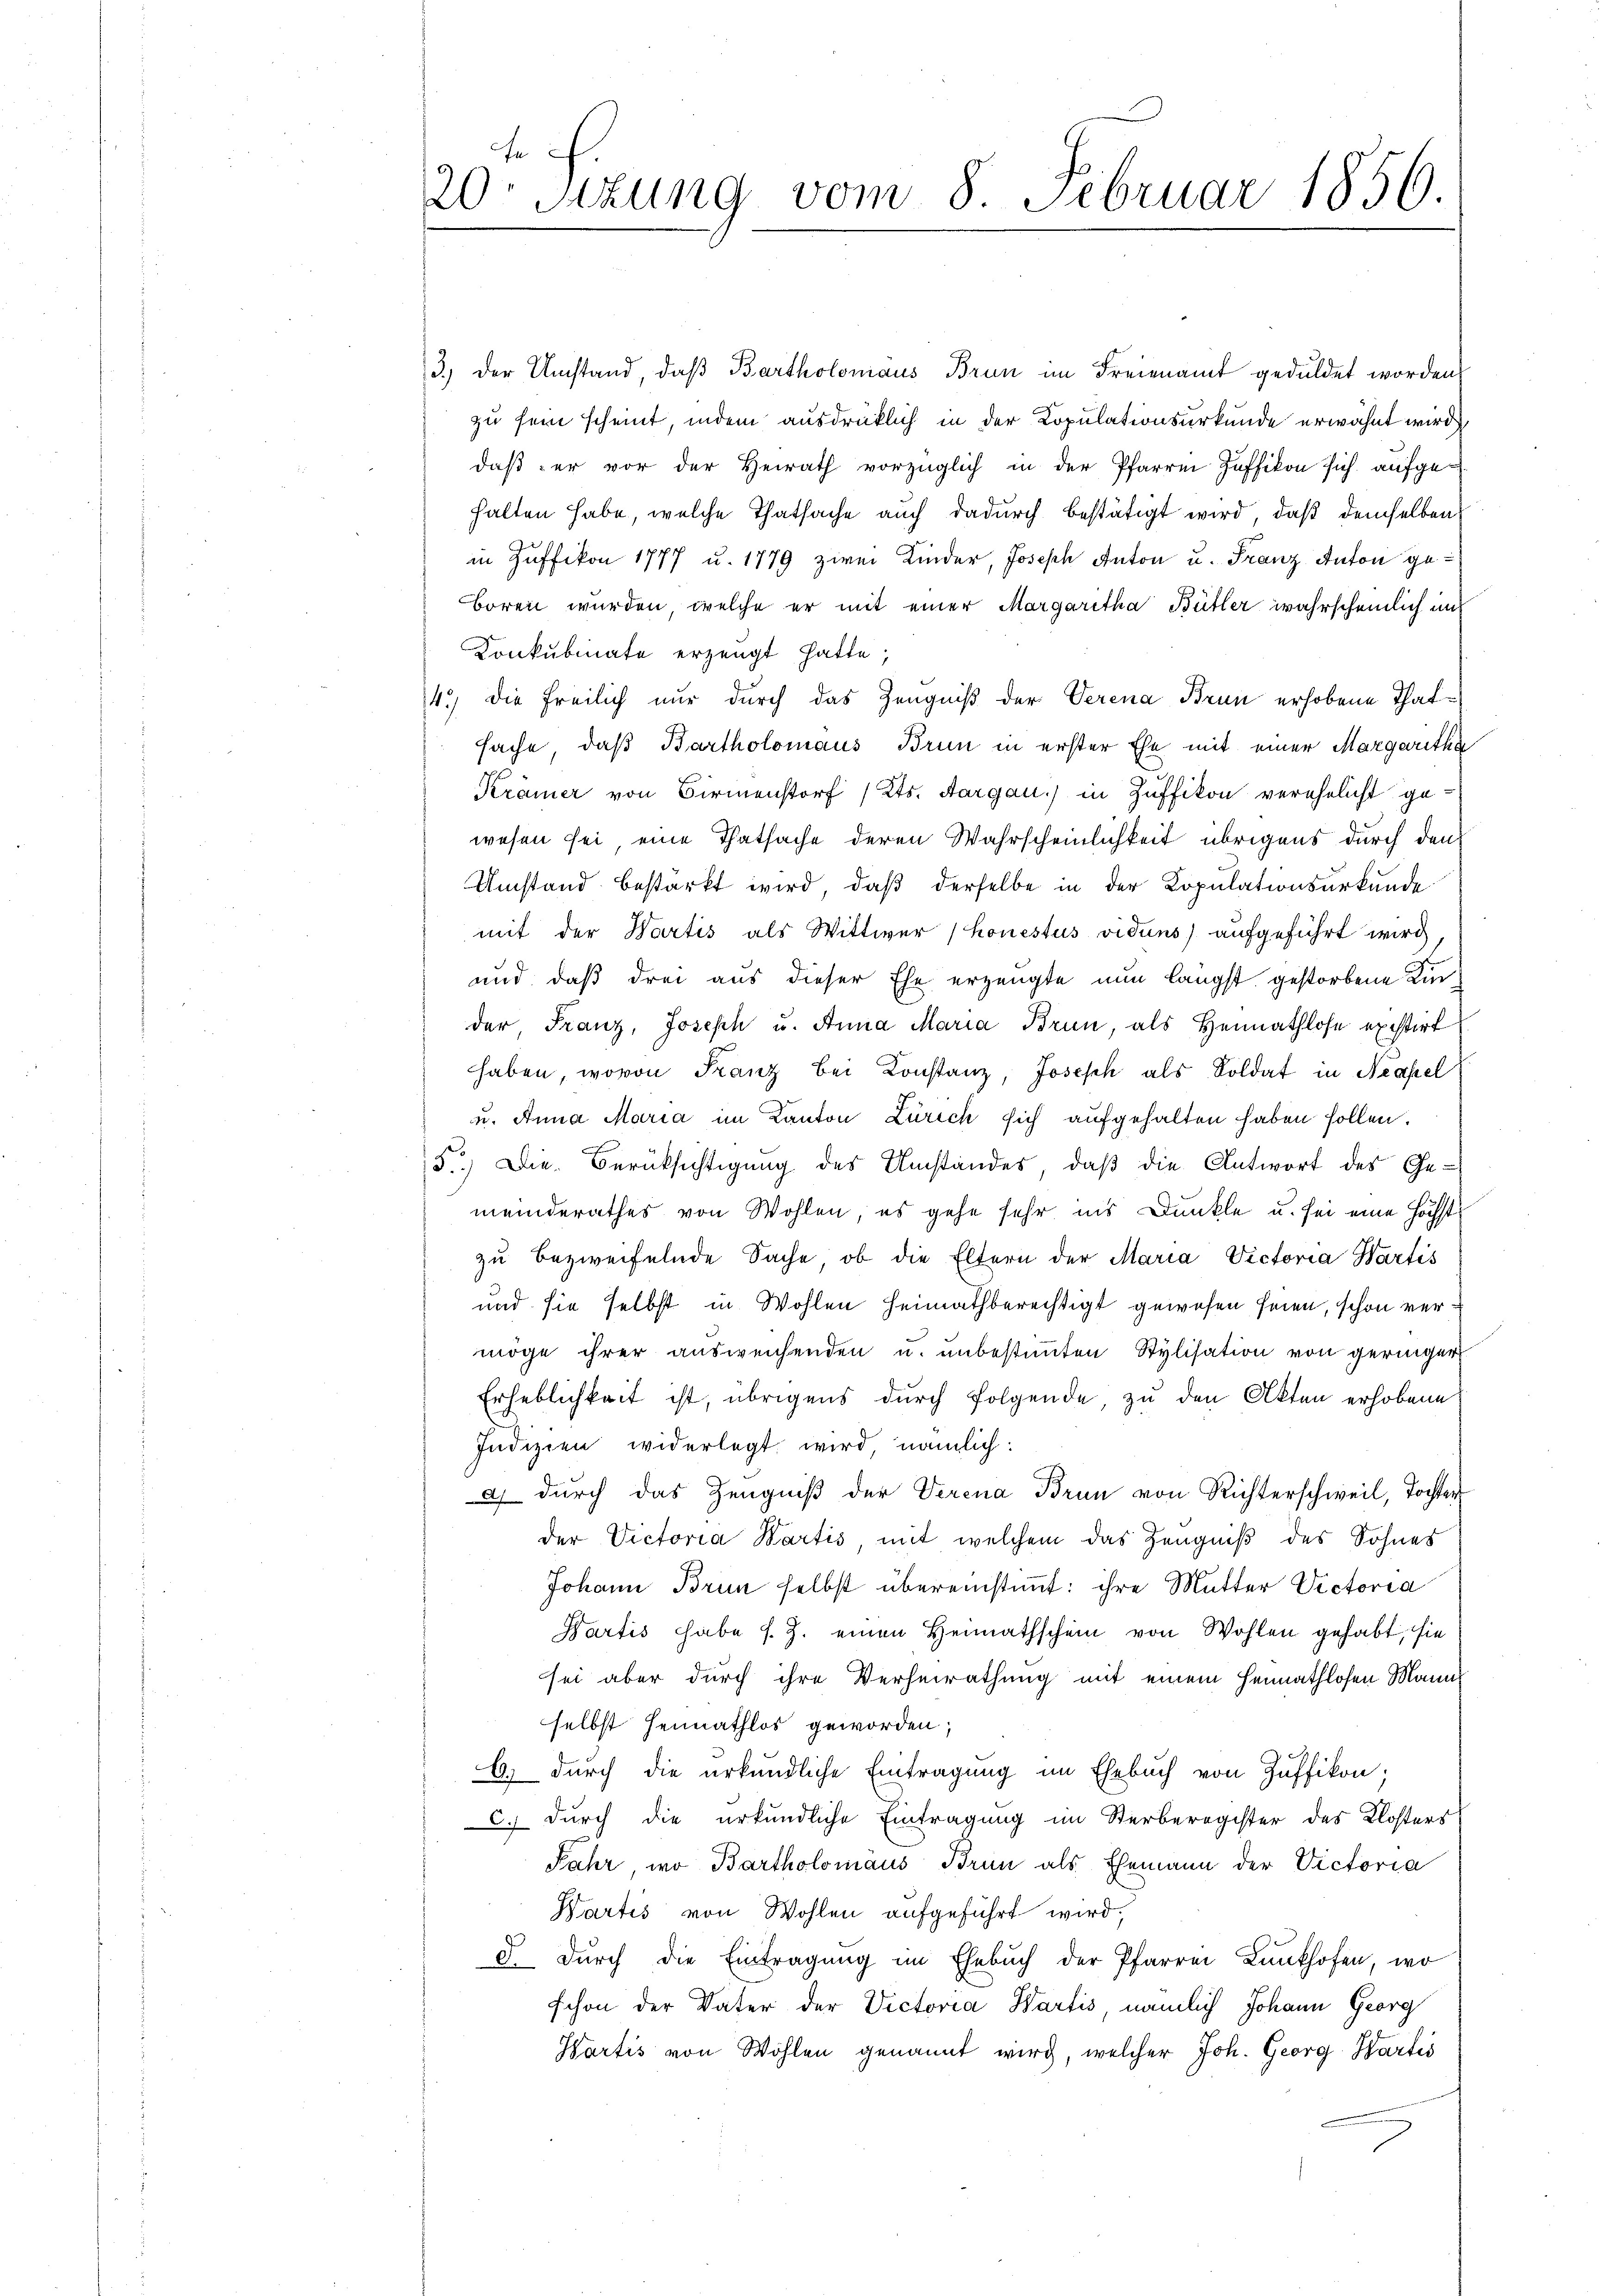
n
20 Stzung vom 8. Februar 1856.

3.) Der Umstand, daß Bartholomäus Brun im Freienamt geduldet worden,
zu sein scheint, indem ausdrücklich in der Kopulationsurkunde erwähnt wird,
daß er vor der Heirath vorzüglich in der Pfarren Zuffikon sich aufgehalten habe, welche Thatsache auch dadurch bestätigt wird, daß demselben
in Zuffikon 1777 u. 1779 zwei Kinder, Joseph Anton u. Franz Anton ge¬
Boren wurden, welche er mit einer Margaretha Bütler wahrscheinlich un
Konkubinate erzeugt hatte;
4.) Die Freilich nur durch das Zeugniß der Verena Brun erhobene Thatsache, daß Bartholomaus Brun in erster Ehe mit einer Margaretha
Krämer von Birmenstorf (Kts. Aargau) in Züffikon verehelicht gewesen sei eine Thatsache deren Wahrscheinlichkeit übrigens durch den
Umstand bestärkt wird, daß derselbe in der Kopulationsurkunde
mit der Wartis als Wittwer (Konestus viduns) aufgeführt wird,
und daß drei aus dieser Ehe erzeugte nun längst gestorbene Kinder, Franz, Joseph u. Anna Maria Brun, als Heimathlose existirt
haben, wovon Franz bei Konstanz, Joseph als Soldat in Neapel
u. Anna Maria im Kanton Zürich sich aufgehalten haben sollen.
5.) Die Berüksichtigung des Umstandes, daß die Antwort des Ge-
meinderathes von Wohlen, es gehe sehr ins Dunkle u. sei eine höchst
zu bezweifelnde Sache, ob die Eltern der Maria Victoria Wartis
und sie selbst in Wohlen Heimathberechtigt gewesen seien, schon vermöge ihrer aŭsweichenden u. ŭnbestiṁten Stylisation von geringer
Erheblichkeit ist, übrigens durch folgende, zu den Akten erhobene
Indizien widerlegt wird nämlich:
) durch das Zeugniß der Verena Brun von Richterschweil, Tochter
der Victoria Wartis mit welchem das Zeugniß des Sohnes
Johann Brun selbst übereinstimmt: ihre Mutter Victoria
Hartis habe s. Z. einen Heimathschein von Wohlen gehabt, sie
sei aber durch ihre Verheirathung mit einem Heimathlosen Mann
selbst Heimathlos geworden;
C) durch die urkundliche Eintragung im Ehebuch von Züffikon;
C.) Durch die urkundliche Eintragung im Sterberegister des Klosters
Jahr wo Bartholomäus Brun als Ehemann der Victoria
Wartis von Wohlen aufgeführt wird.
d. Durch die Eintragung im Ehebŭch der Pfarrer Lunkhofen, wo
schon der Vater der Victoria Wartis, nämlich Johann Georg
Hartis von Wohlen genannt wird, welcher Joh. Georg Wartis